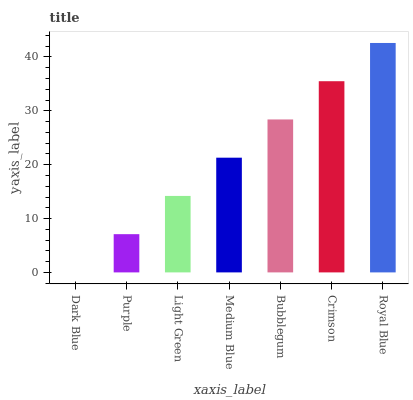
| xaxis_label | bars |
 | --- | --- |
 | Dark Blue | 0 |
 | Purple | 7.1 |
 | Light Green | 14.2 |
 | Medium Blue | 21.3 |
 | Bubblegum | 28.4 |
 | Crimson | 35.5 |
 | Royal Blue | 42.6 |